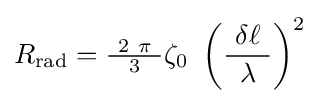
R_{\text{rad}}={\tfrac {\ 2\ \pi \ }{3}}\zeta _{0}\ \left({\frac {\ \delta \ell \ }{\lambda }}\right)^{2}~